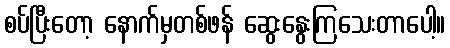
စပ်ပြီးတော့ နောက်မှတစ်ဖန် ဆွေးနွေးကြသေးတာပေါ့။